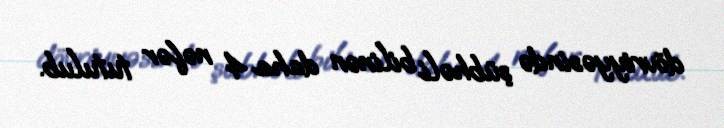
dövriyyəsində şübhəli bilinən daha 4 nəfər tutulub.